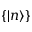
\{ | n \rangle \}